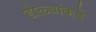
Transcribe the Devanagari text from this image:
डोळ्यांकडे